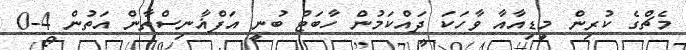
މެޗްގެ ކުރިން މީޑިއާއާ ވާހަކަ ދައްކަމުން ހާބަޓް ބުނީ އަފްޣާނިސްތާން އަތުން 4-0